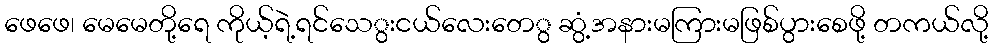
ဖေဖေ၊ မေမေတို့ရေ ကိုယ့်ရဲ့ရင်သေွးငယ်လေးတေွ ဆွံ့အနားမကြားမဖြစ်ပွားစေဖို့ တကယ်လို့